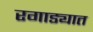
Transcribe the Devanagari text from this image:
रगाड्यात